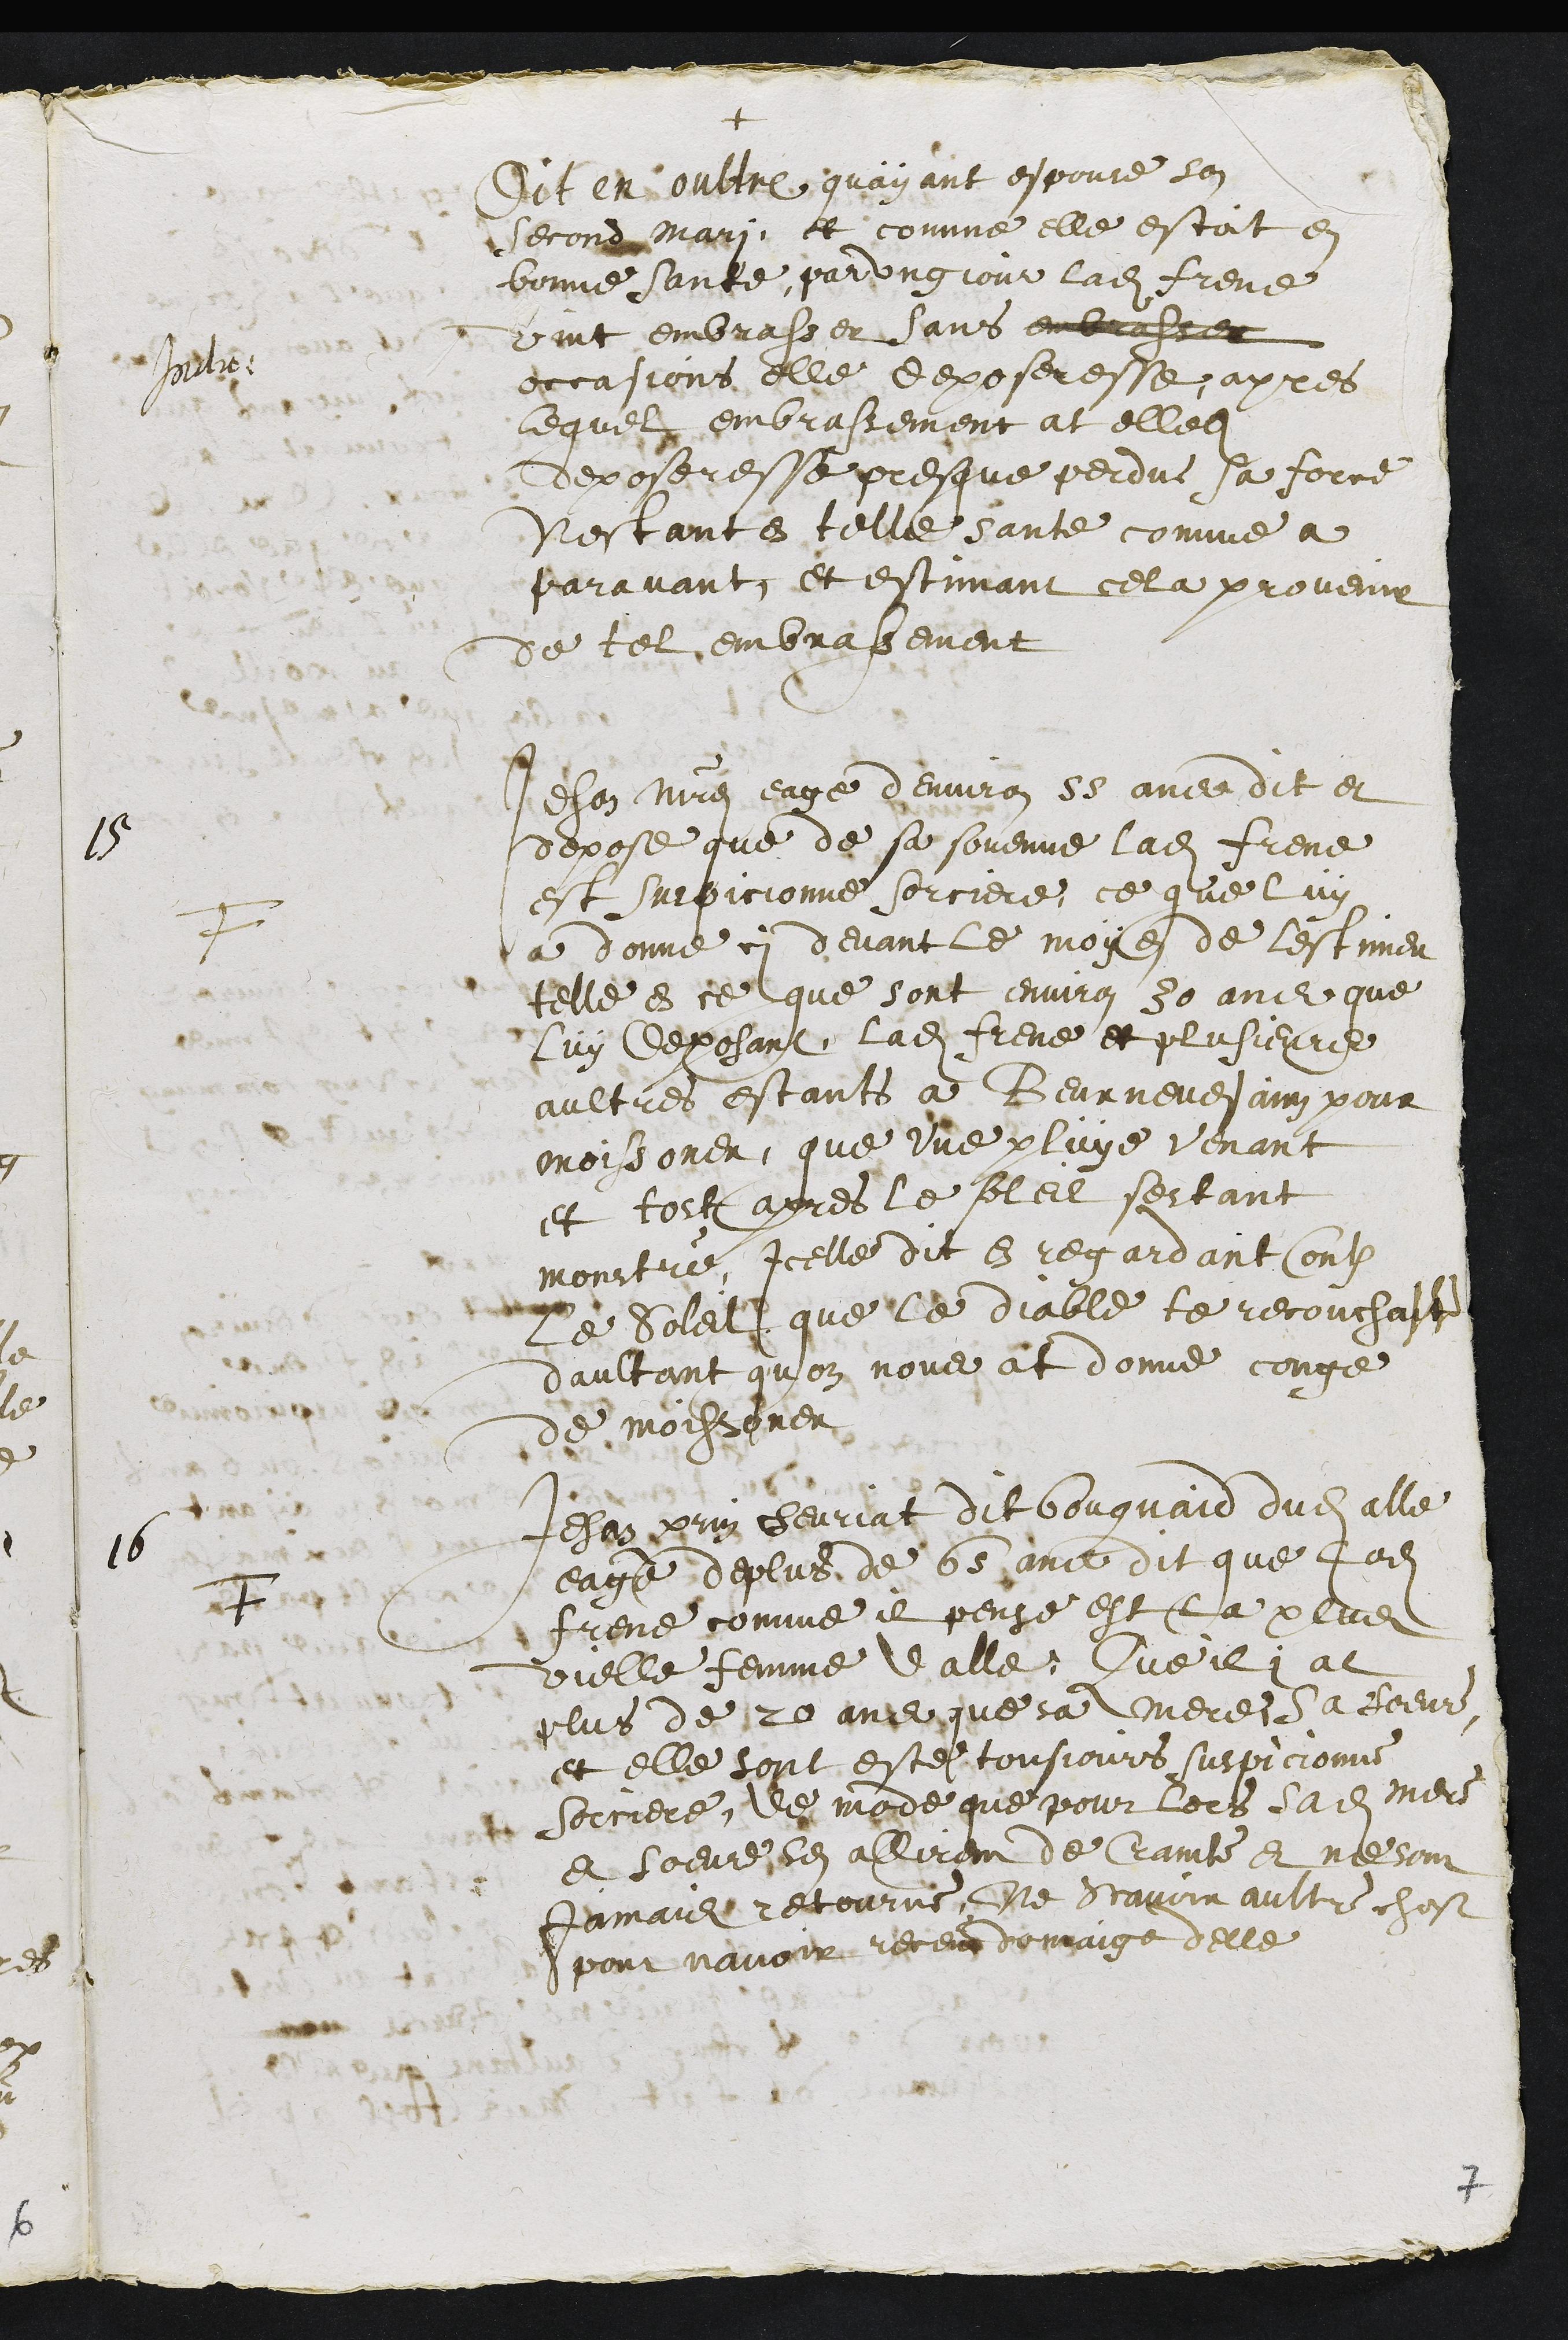
+
Indic:
Dit en oultre quayant espouse son
second mari et comme elle estoit en
bonne sante, par ung jour ladite Frene
vint embrasser sans embrasser
occasions, elle deposeresse apres
lequel embrassement at elledite
deposeresse presque perdue sa force
nestant en telle sante comme a
paravant et estimant cela provenir
de tel embrassement
15
F
Jehan Maitre eage denviron 55 anee dit et
depose que de sa sovenue ladite Frene
est suspicionne sorciere, ce que luy
a donne cy devant le moyen de lestimer
telle en ce que sont environ 30 ans que
luy deposant, ladite Frene et plusieurs
aultres estants a Beurnevesain pour
moissoner, que une pluye venant
et tost apres le soleil sestant
monstré, icelle dit en regardant contre
Le Soleil que le diable te recouchasse
daultant quon nous at donne conge
de moissoner
16
F
Jehan Perrin henriat dit bouquaid dudit alle
eage de plus de 65 ans dit que ladite
Frene comme il pense est la plus
vielle femme dalle, Que il i at
plus de 20 ans que sa mere, sa soeur
et elle sont este tousjours suspicionne
sorciere, de mode que pour lors sadite mere
et soeur sen allirent de Crainte et ne sont
jamais retourne, Ne scavoir aultre chose
pour navoir receu domaige delle
7